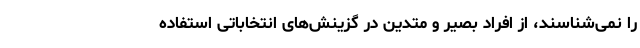
را نمی‌شناسند، از افراد بصیر و متدین در گزینش‌های انتخاباتی استفاده